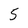
Character: 5